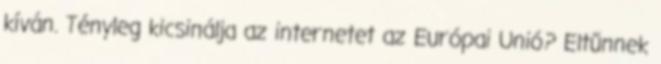
kíván. Tényleg kicsinálja az internetet az Európai Unió? Eltűnnek